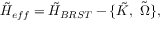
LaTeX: { \tilde { H } } _ { e f f } = { \tilde { H } } _ { B R S T } - \{ \tilde { K } , \ \tilde { \Omega } \} ,